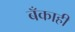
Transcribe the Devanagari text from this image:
बँकाही